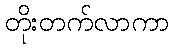
တိုးတက်လာကာ